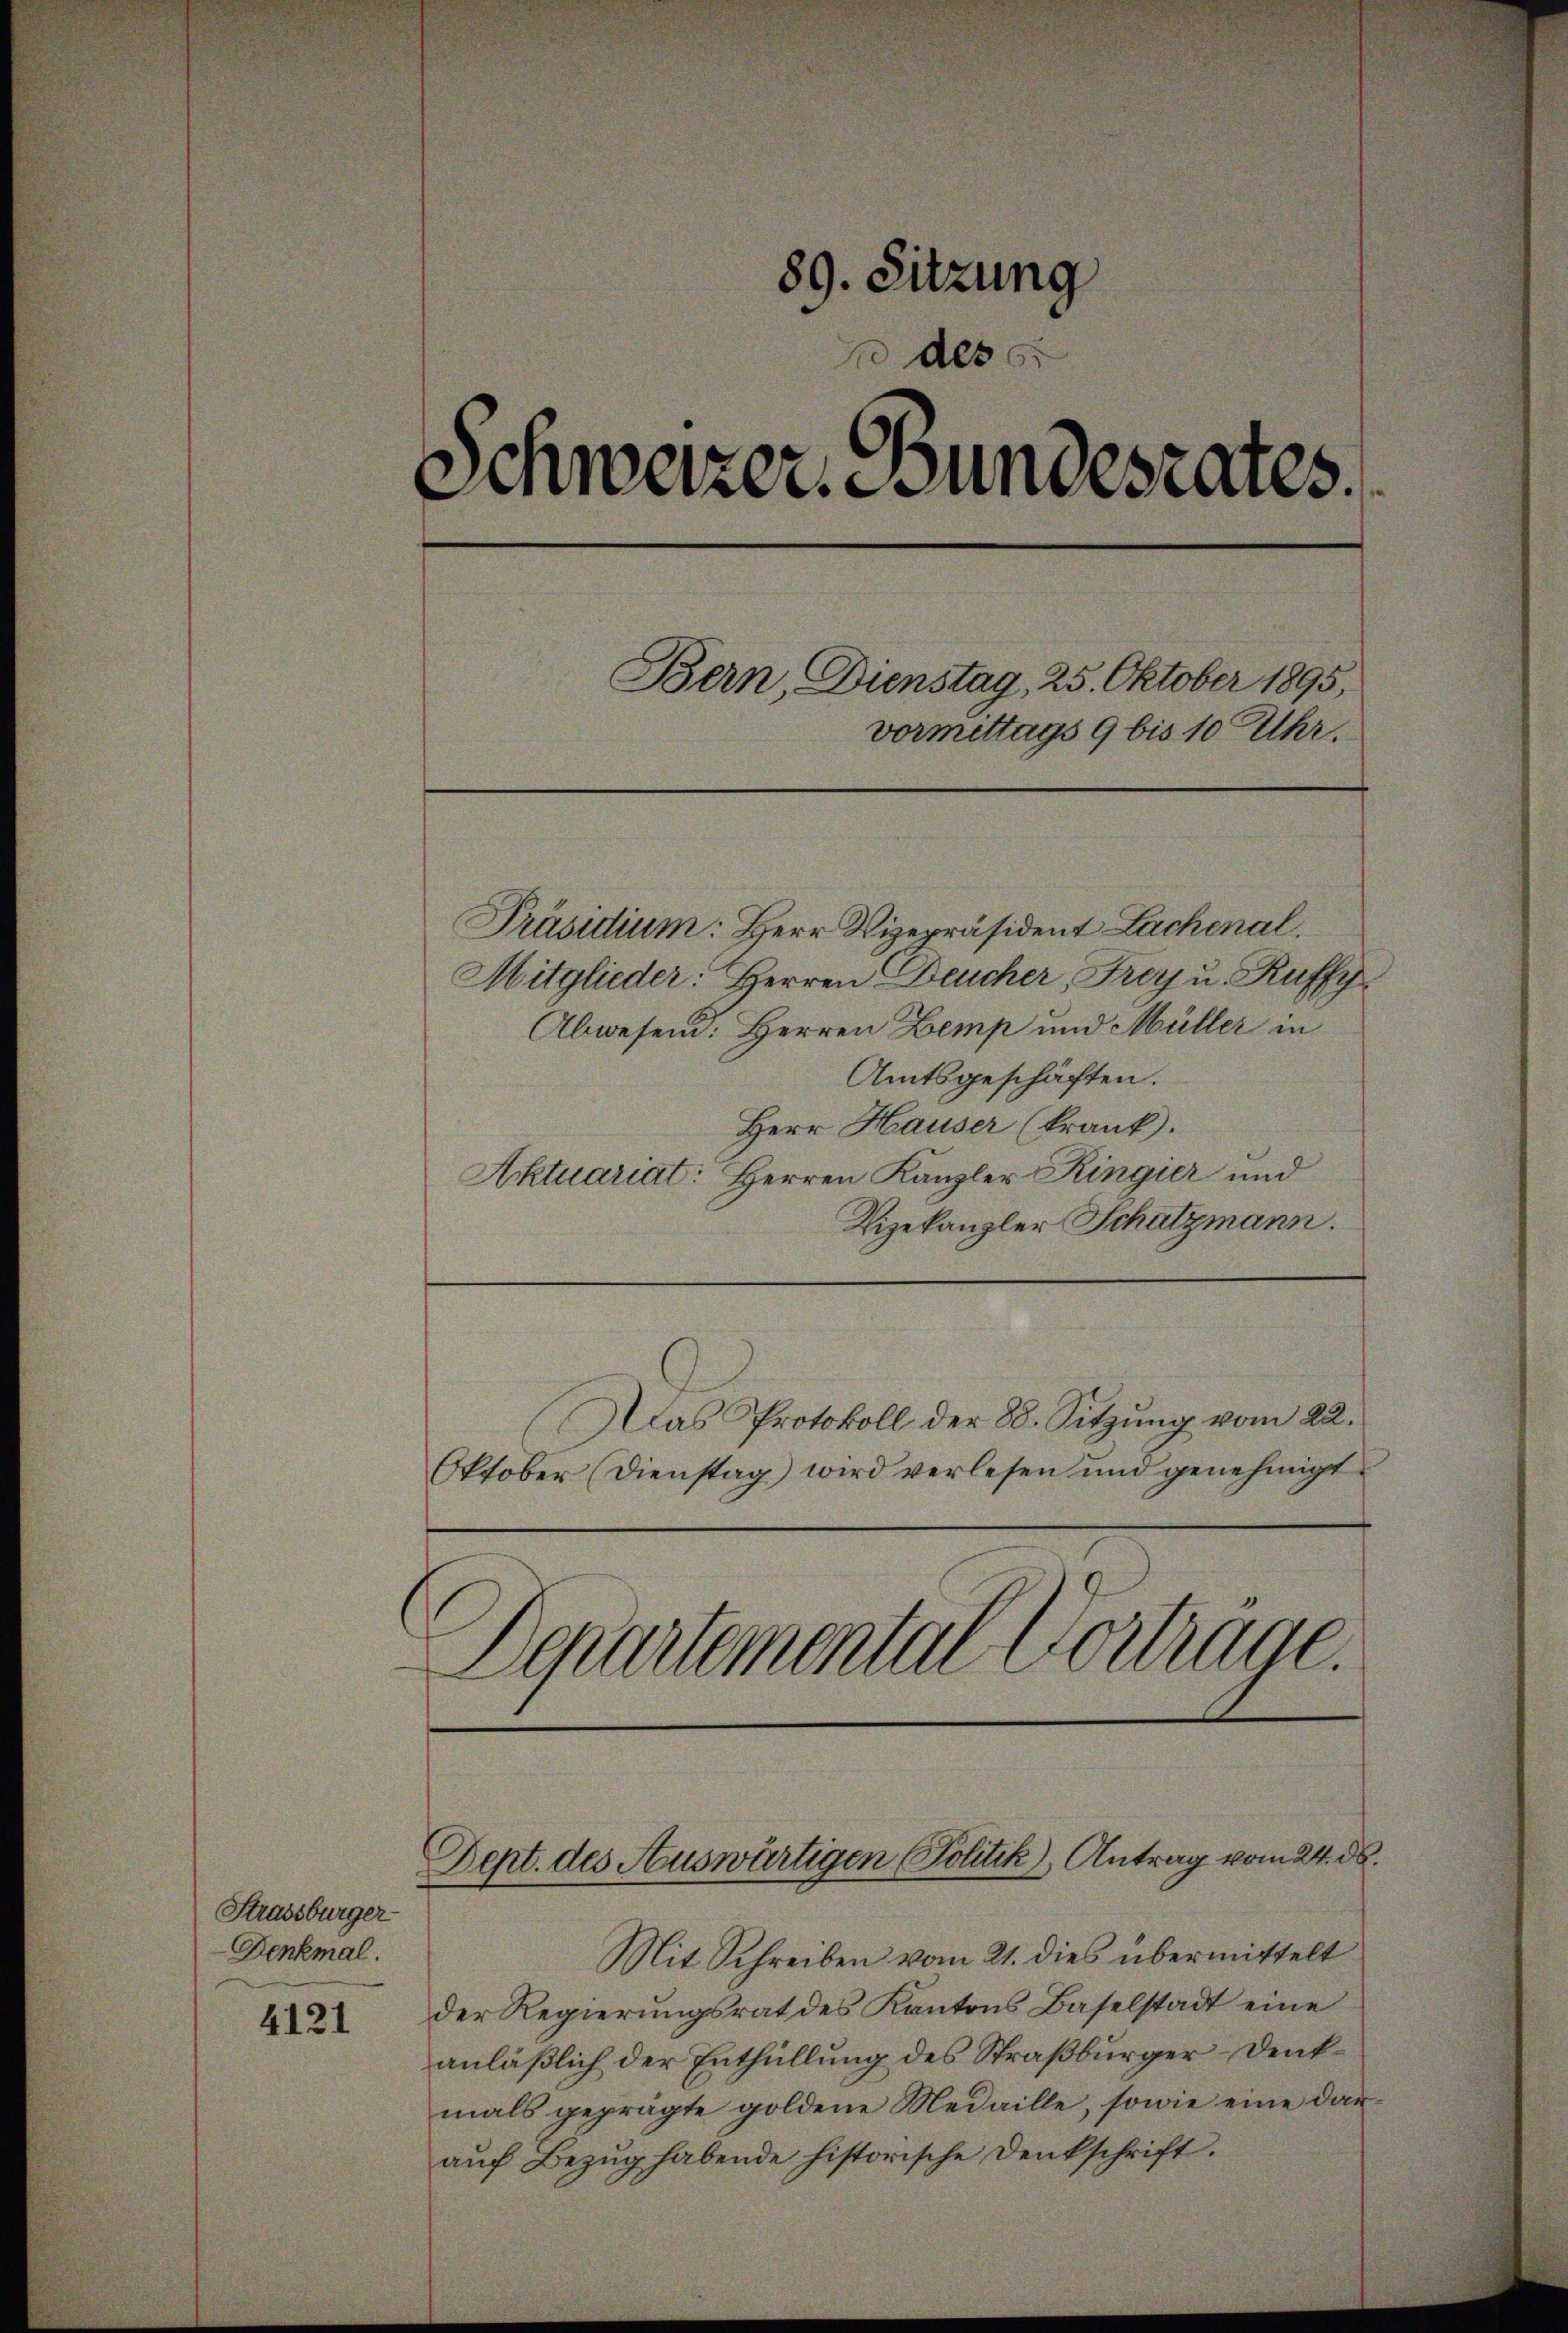
4121

89. Sitzung
 des
Schweizer. Bundesrates
Bern, Dienstag, 25. Oktober 1895,
vormittags 9 bis 10 Uhr.

Strassburger
Denkmal.

Präsidium: Herr Vizepräsident Lachenal.
Mitglieder: Herren Deucher, Frey u. Ruffy.
Abwesen: Herren Zemp und Müller in
Amtsgeschäften.
Herr Hauser (krank.
Aktuariat: Herren Kanzler Ringier und
Vizekanzler Schatzmann.
Das Protokoll der 88. Sitzung vom 22.
Oktober (Dienstag) wird verlesen und genehmigt.

Departemental Vortrage.

Dept. des Auswärtigen Politik), Antrag vom 24. ds.

Mit Schreiben vom 21. dies übermittelt
der Regierungsrat des Kantons Baselstadt eine
anläßlich der Enthüllung des Straßburger-Denkmals geprägte goldene Medaille, sowie eine daraŭf Bezŭg habende historische Denkschrift.